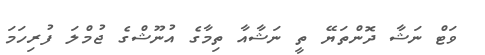
ވަޓް ނަޝާ ދޮންތަޔޭ ތީ ނަޝާއާ ތިމާގެ އުނޫޝްގެ ޖުމްލަ ފުރިހަމަ